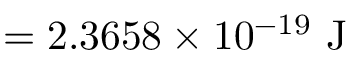
= 2 . 3 6 5 8 \times 1 0 ^ { - 1 9 } { \mathrm { ~ J } }